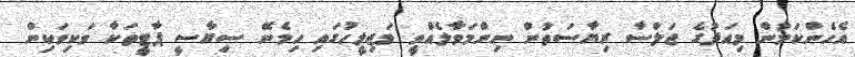
އެހެންކަމުން މިއަދުގެ ޖަލްސާ ރިޔާސަތުން ނިންމަވާލެއްވީ މަޖިލީހުގައި ހިމެނޭ ސިޔާސީ ޕާޓީތަކާ ވަކިވަކިން